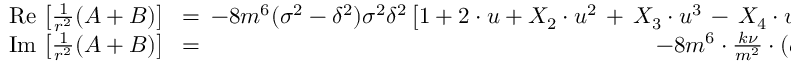
\begin{array} { r l r } { \mathrm { R e } \, \left[ \frac { 1 } { r ^ { 2 } } ( A + B ) \right] \! \! \! } & { { } = } & { \! \! \! - 8 m ^ { 6 } ( \sigma ^ { 2 } - \delta ^ { 2 } ) \sigma ^ { 2 } \delta ^ { 2 } \left[ 1 + 2 \cdot u + X _ { 2 } \cdot u ^ { 2 } \, + \, X _ { 3 } \cdot u ^ { 3 } \, - \, X _ { 4 } \cdot u ^ { 4 } \, + \, { \cal O } ( u ^ { 5 } ) \right] , } \\ { \mathrm { I m } \, \left[ \frac { 1 } { r ^ { 2 } } ( A + B ) \right] \! \! \! } & { { } = } & { \! \! \! - 8 m ^ { 6 } \cdot \frac { k \nu } { m ^ { 2 } } \cdot ( \sigma ^ { 2 } - \delta ^ { 2 } ) \sigma ^ { 2 } \delta ^ { 2 } \, } \end{array}